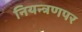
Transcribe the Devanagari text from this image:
नियन्त्रणपर